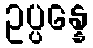
ဥပ္ပန္နေ